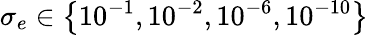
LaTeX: \sigma_{e}\in\left\{ 10^{-1},10^{-2},10^{-6},10^{-10}\right\}